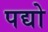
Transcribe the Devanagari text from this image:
पद्यो